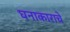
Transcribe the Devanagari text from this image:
घनाकाराचे